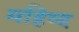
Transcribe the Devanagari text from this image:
महिष्द